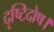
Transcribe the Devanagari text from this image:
दृष्टिदोष।